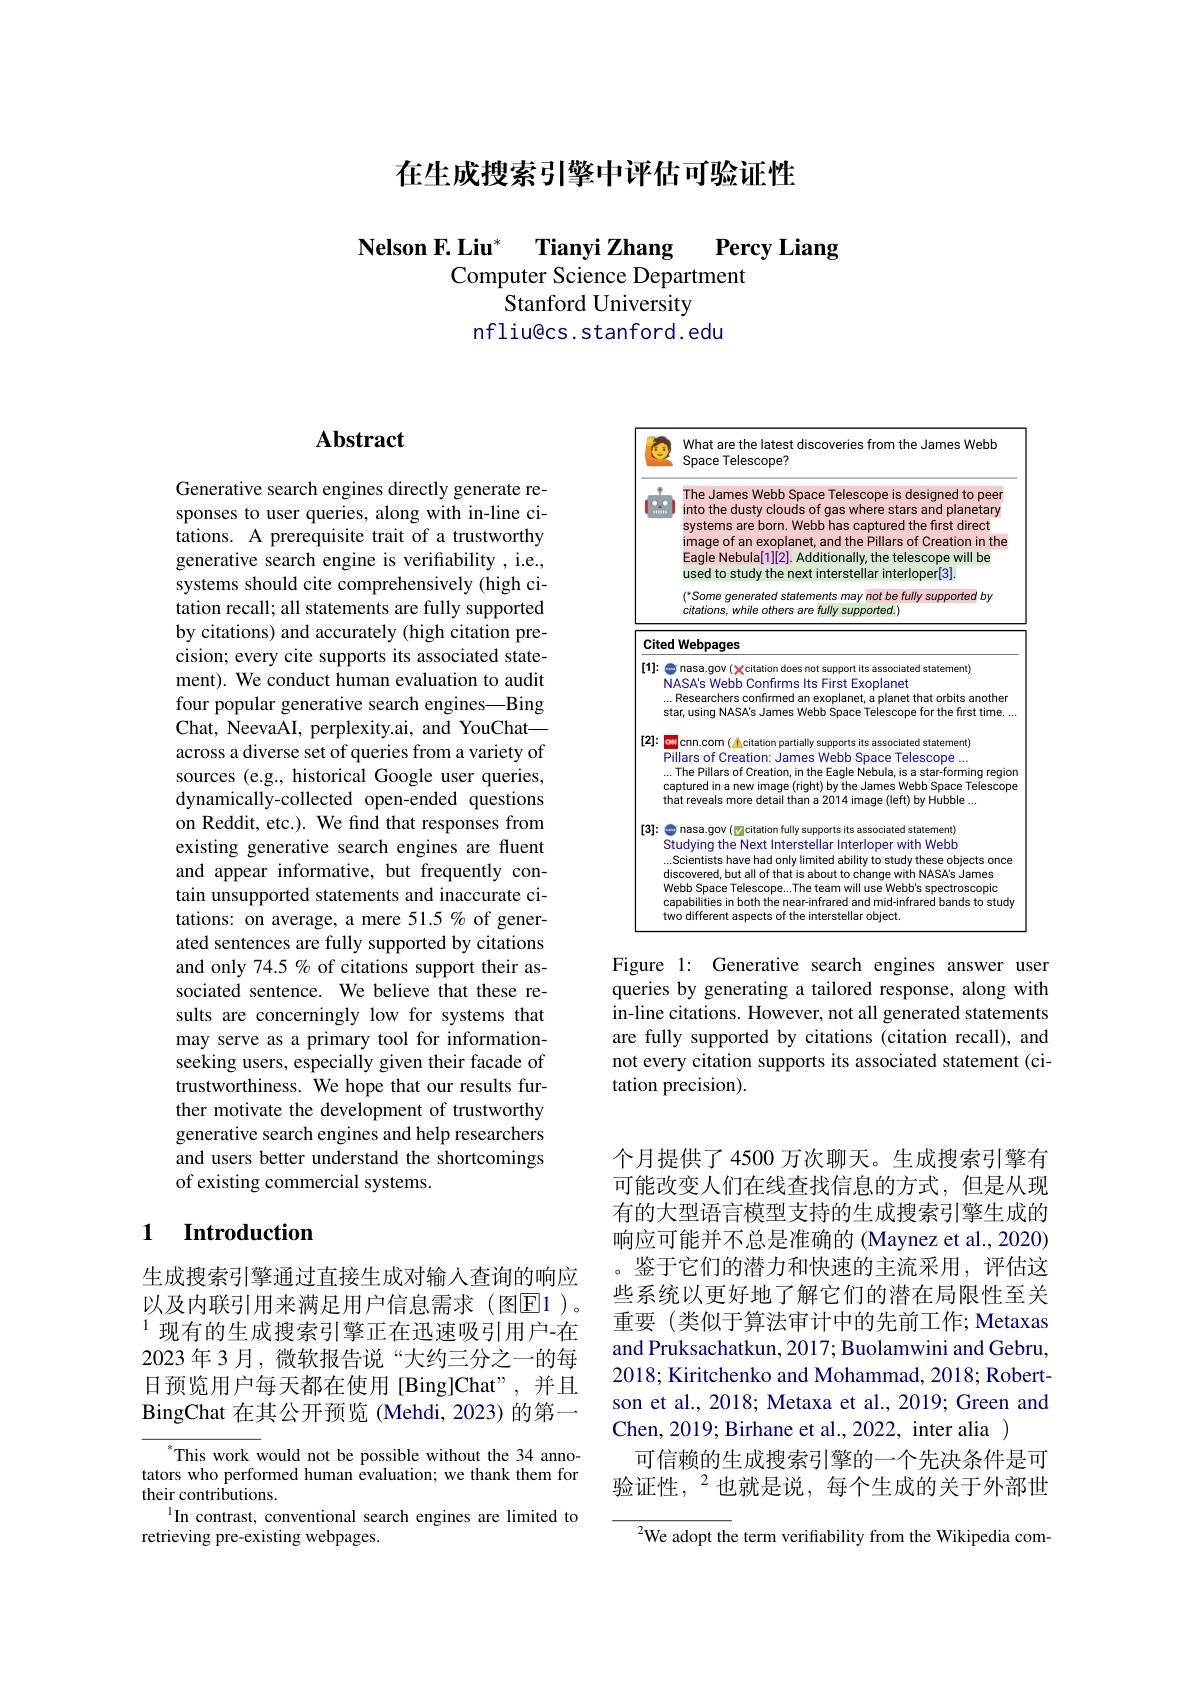
在生成搜索引擎中评估可验证性

Nelson F.Liu* Tianyi Zhang Percy Liang
Computer Science Department
Stanford University
nfliu@cs.stanford.edu

## $\mathbf{Abstract}$

Generative search engines directly generate responses to user queries, along with in-line citations. A prerequisite trait of a trustworthy generative search engine is verifiability , i.e. systems should cite comprehensively (high citation recall; all statements are fully supported by citations) and accurately (high citation precision; every cite supports its associated statement). We conduct human evaluation to audit four popular generative search engines—Bing Chat, NeevaAI, perplexity.ai, and YouChat— across a diverse set of queries from a variety of sources (e.g., historical Google user queries, dynamically-collected open-ended questions on Reddit, etc.). We find that responses from existing generative search engines are fluent and appear informative, but frequently contain unsupported statements and inaccurate citations: on average, a mere 51.5 % of generated sentences are fully supported by citations and only 74.5 % of citations support their associated sentence. We believe that these results are concerningly low for systems that may serve as a primary tool for informationseeking users, especially given their facade of trustworthiness. We hope that our results further motivate the development of trustworthy generative search engines and help researchers and users better understand the shortcomings of existing commercial systems.

## 1 Introduction

生成搜索引擎通过直接生成对输入查询的响应以及内联引用来满足用户信息需求(图$\overline{\mathrm{E}}1)$。$^{1}$现有的生成搜索引擎正在迅速吸引用户-在2023 年 3 月，微软报告说“大约三分之一的每日预览用户每天都在使用[Bing]Chat",并且BingChat 在 其 公 开 预 览 ( Mehdi, 2023) 的第一

$^{*}$This work would not be possible without the 34 annotators who performed human evaluation; we thank them for their contributions.
$^{1}$In contrast, conventional search engines are limited to
retrieving pre-existing webpages.

<FigureHere>

Figure 1: Generative search engines answer user queries by generating a tailored response, along with in-line citations. However, not all generated statements are fully supported by citations (citation recall), and not every citation supports its associated statement (citation precision).

个月提供了4500 万次聊天。生成搜索引擎有可能改变人们在线查找信息的方式，但是从现有的大型语言模型支持的生成搜索引擎生成的响应可能并不总是准确的 (Maynez et al., 2020) 。鉴于它们的潜力和快速的主流采用，评估这些系统以更好地了解它们的潜在局限性至关重要(类似于算法审计中的先前工作；Metaxas and Pruksachatkun, 2017; Buolamwini and Gebru, 2018; Kiritchenko and Mohammad, 2018; Robertson et al., 2018; Metaxa et al., 2019; Green and Chen, 2019; Birhane et al., 2022, inter alia )
可信赖的生成搜索引擎的一个先决条件是可验证性，$^2$也就是说，每个生成的关于外部世
$^{2}$We adopt the term verifiability from the Wikipedia com-